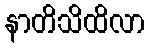
နာတိသိထိလာ